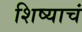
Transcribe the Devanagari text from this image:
शिष्याचं